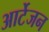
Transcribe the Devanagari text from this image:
आर्टेजन